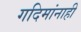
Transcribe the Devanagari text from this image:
गदिमांनाही